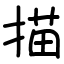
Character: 描